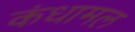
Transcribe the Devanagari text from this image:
कंधामल